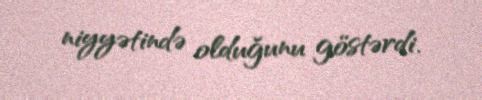
niyyətində olduğunu göstərdi.